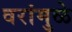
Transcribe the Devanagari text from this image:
वरांमुळे